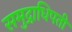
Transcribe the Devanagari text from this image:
समुद्राधिपती